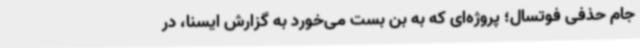
جام حذفی فوتسال؛ پروژه‌ای که به بن بست می‌خورد به گزارش ایسنا، در